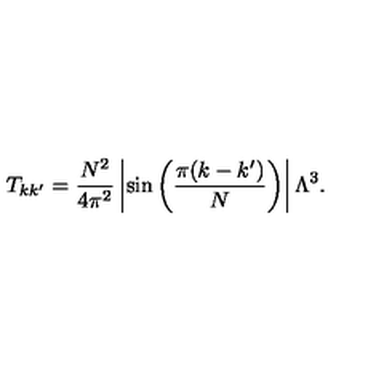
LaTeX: T _ { k k ^ { \prime } } = { \frac { N ^ { 2 } } { 4 \pi ^ { 2 } } } \left| \sin \left( { \frac { \pi ( k - k ^ { \prime } ) } { N } } \right) \right| \Lambda ^ { 3 } .